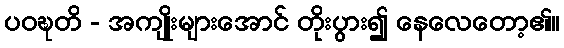
ပဝဍ္ဎတိ - အကျိုးများအောင် တိုးပွား၍ နေလေတော့၏။